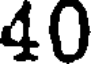
40